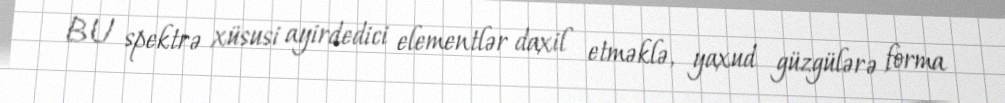
BU spektrə xüsusi ayirdedici elementlər daxil etməklə, yaxud güzgülərə forma